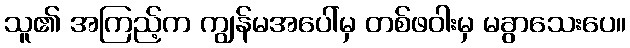
သူ၏ အကြည့်က ကျွန်မအပေါ်မှ တစ်ဖဝါးမှ မခွာသေးပေ။